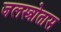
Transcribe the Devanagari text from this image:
जलस्त्रोतास